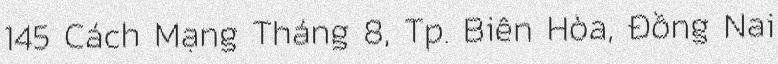
145 Cách Mạng Tháng 8, Tp. Biên Hòa, Đồng Nai